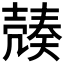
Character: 𡔿